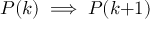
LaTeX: P ( k ) \implies P ( k { + } 1 )